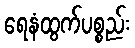
ရေနံထွက်ပစ္စည်း